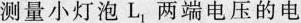
测量小灯泡L_{1}，两端电压的电